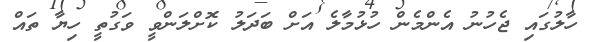
ހާލުގައި ޖެހުނު އެންމެން ހުޅުމާލެ އަށް ބަދަލު ކޮށްލަންވީ ވަގުތީ ހިޔާ ތައް